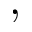
,